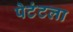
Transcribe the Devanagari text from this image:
पेटंटला